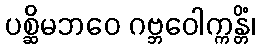
ပစ္ဆိမဘဝေ ဂဗ္ဘဝေါက္ကန္တိံ၊